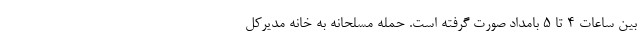
بین ساعات ۴ تا ۵ بامداد صورت گرفته است. حمله مسلحانه به خانه مدیرکل